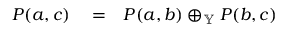
\begin{array} { r l r } { P ( a , c ) } & { { } = } & { P ( a , b ) \oplus _ { \mathbb { Y } } P ( b , c ) } \end{array}